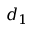
d _ { 1 }